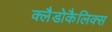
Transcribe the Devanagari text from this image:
क्लैडोकैलिक्स